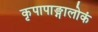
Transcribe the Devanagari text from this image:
कृपापाङ्गालोकं